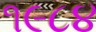
૧૯૮૪